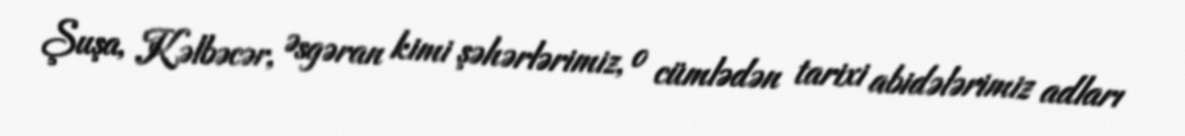
Şuşa, Kəlbəcər, Əsgəran kimi şəhərlərimiz, o cümlədən tarixi abidələrimiz adları